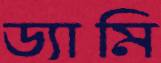
ড্যামি